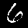
Digit: 6